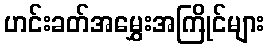
ဟင်းခတ်အမွှေးအကြိုင်များ